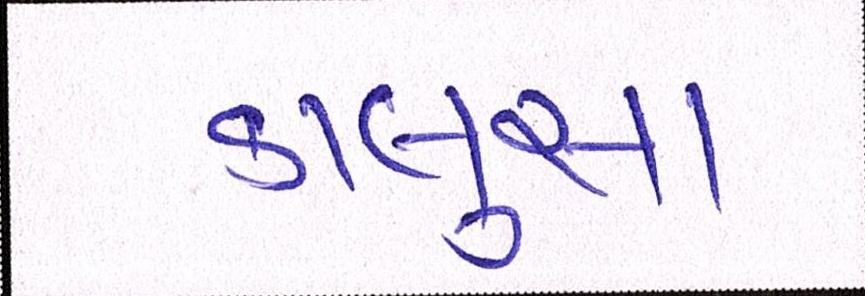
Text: કાલુસા